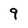
Character: 9